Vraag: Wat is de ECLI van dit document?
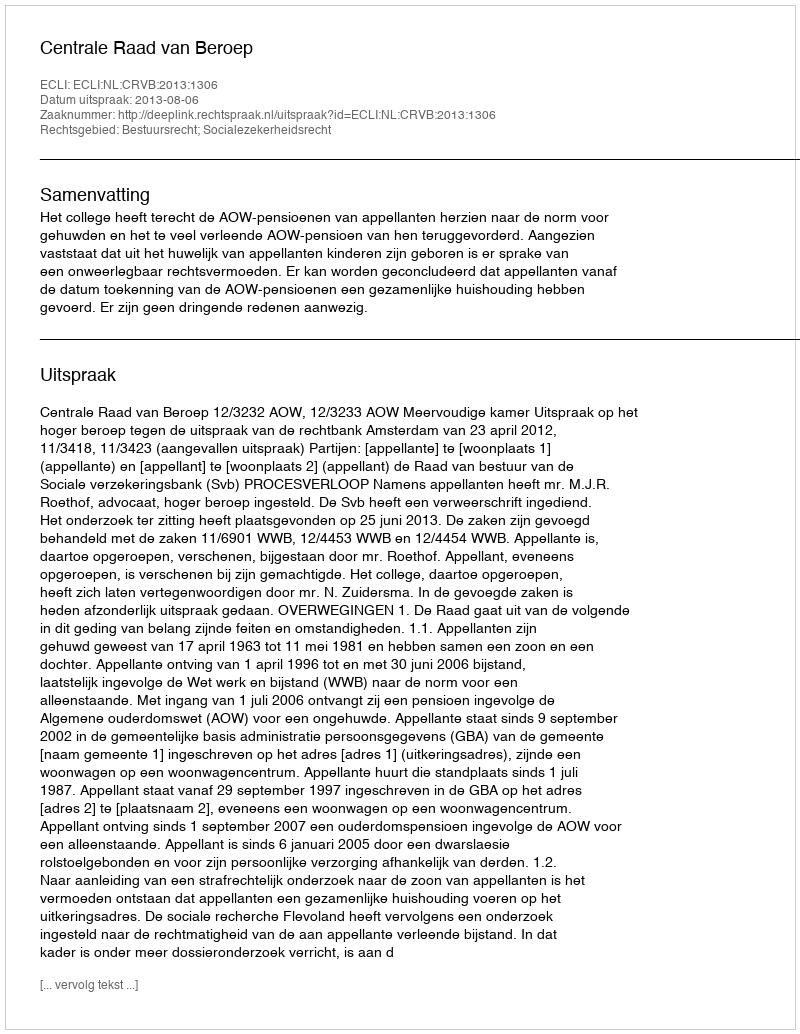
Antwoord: ECLI:NL:CRVB:2013:1306